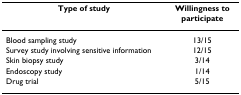
<table><thead><tr><td><b>Type of study</b></td><td><b>Willingness to participate</b></td></tr></thead><tbody><tr><td>Blood sampling study</td><td>13/15</td></tr><tr><td>Survey study involving sensitive information</td><td>12/15</td></tr><tr><td>Skin biopsy study</td><td>3/14</td></tr><tr><td>Endoscopy study</td><td>1/14</td></tr><tr><td>Drug trial</td><td>5/15</td></tr></tbody></table>